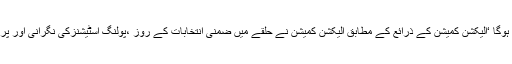
گوجرانوالہ کے قومی حلقے 101میں ضمنی الیکشن 17 مارچ کو ہوگا ‘الیکشن کمیشن کے ذرائع کے مطابق الیکشن کمیشن نے حلقے میں ضمنی انتخابات کے روز ،پولنگ اسٹیشنزکی نگرانی اور پرامن وشفاف پولنگ کیلئے فوج تعینا ت کرنے کی سفارش کی ہے ۔